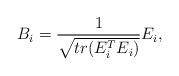
LaTeX: \begin{align*}B_i = \frac{1}{\sqrt{tr(E_i^TE_i)}}E_i, \end{align*}